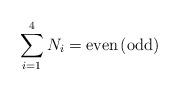
LaTeX: \begin{align*}\sum_{i=1}^{4} N_i = \mbox{even\,(odd)}\end{align*}